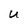
Character: U